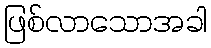
ဖြစ်လာသောအခါ